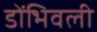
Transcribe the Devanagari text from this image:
डोंभिवली